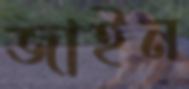
জাইন